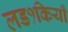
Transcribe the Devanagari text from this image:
लड१कियाँ